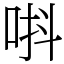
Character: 唞